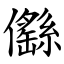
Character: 㒡